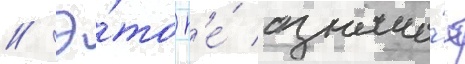
// Э́то н'е́ означа́ет